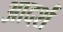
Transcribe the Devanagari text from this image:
आदर्शं